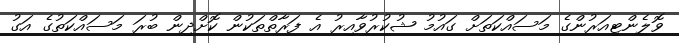
ވޮލެންޓިއަރުންގެ މަސައްކަތަށް ގައުމު ޝުކުރުވާއިރު އެ ފަރާތްތަކުން ކޮށްދިން ބުރަ މަސައްކަތުގެ އަގު